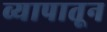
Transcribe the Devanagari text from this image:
व्यापातून